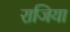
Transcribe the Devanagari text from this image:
राजिया